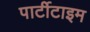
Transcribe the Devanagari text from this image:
पार्टीटाइम